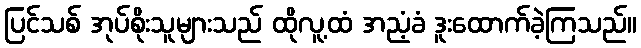
ပြင်သစ် အုပ်စိုးသူများသည် ထိုလူ့ထံ အညံ့ခံ ဒူးထောက်ခဲ့ကြသည်။